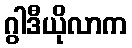
ဂွါဒီယိုလာက